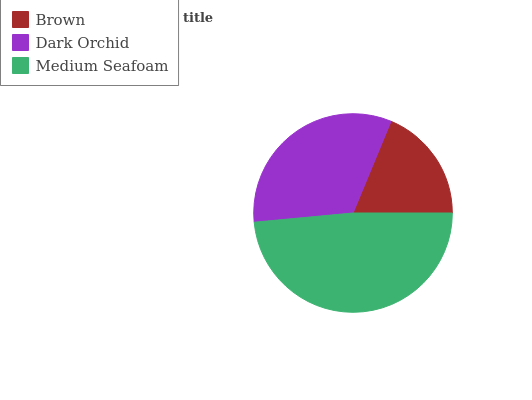
| Brown | Dark Orchid | Medium Seafoam |
 | --- | --- | --- |
 | 18.8% | 32.8% | 48.5% |